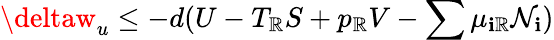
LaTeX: \deltaw_{u}\leq-d(U-T_{\mathbb{R}}S+p_{\mathbb{R}}V-\sum\mu_{\mathbf{i}\mathbb{R}}\mathcal{N}_{\mathbf{i}})